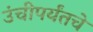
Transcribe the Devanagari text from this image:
उंचीपर्यंतचे